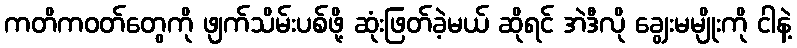
ကတိကဝတ်တွေကို ဖျက်သိမ်းပစ်ဖို့ ဆုံးဖြတ်ခဲ့မယ် ဆိုရင် အဲဒီလို ချွေးမမျိုးကို ငါနဲ့